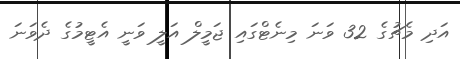
އަދި މެޗުގެ 32 ވަނަ މިނެޓްގައި ޖަމީލް އަލީ ވަނީ އެޓީމުގެ ދެވަނަ